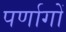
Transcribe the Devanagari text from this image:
पर्णागों